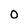
Character: 0